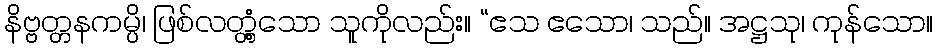
နိဗ္ဗတ္တနကမ္ပိ၊ ဖြစ်လတ္တံ့သော သူကိုလည်း။ “ဧသ ဧသော၊ သည်။ အဋ္ဌသု၊ ကုန်သော။